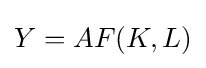
Y=AF(K,L)